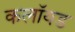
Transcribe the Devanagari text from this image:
कलॉयड